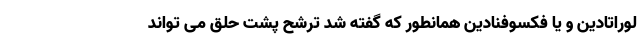
لوراتادین و یا فکسوفنادین همانطور که گفته شد ترشح پشت حلق می تواند